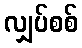
လျှပ်စစ်